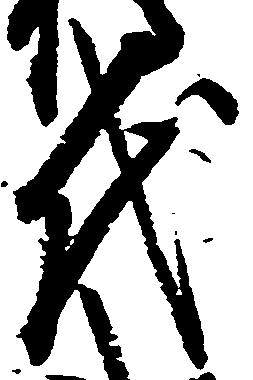
代